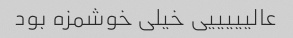
عالیییییی خیلی خوشمزه بود